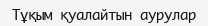
Тұқым қуалайтын аурулар